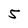
Character: 5